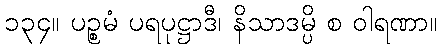
၁၃၄။ ပဉ္စမံ ပရပုဋ္ဌာဒီ၊ နိသာဒမ္ပိ စ ဝါရဏာ။